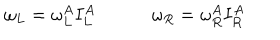
\omega _ { L } = \omega _ { L } ^ { A } I _ { L } ^ { A } \quad \quad \quad \omega _ { R } = \omega _ { R } ^ { A } I _ { R } ^ { A }